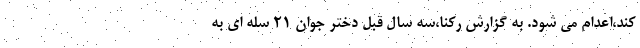
کند،اعدام می شود. به گزارش رکنا،سه سال قبل دختر جوان 21 سله ای به